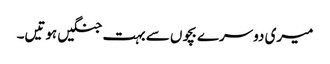
میری دوسرے بچوں سے بہت جنگیں ہوتیں۔